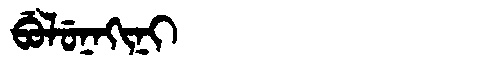
Manchu: ᠪᡠᠯᡠᠨᠠᡴᡳᠨᡳ
Romanization: BULUNAKINI